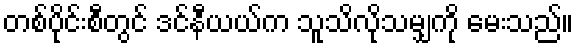
တစ်ပိုင်းစီတွင် ဒင်နီယယ်က သူသိလိုသမျှကို မေးသည်။